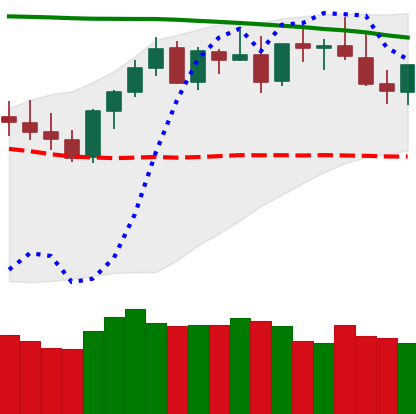
Ticker: XMR-USD
Chart end date: 2021-08-19
Forward return: 16.455%
Label: up_7plus